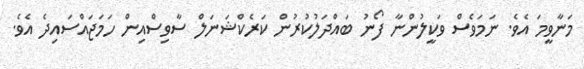
މަނާވީމަ އެވެ. ނަމަވެސް ވަކީލުންނާ ފޯނު ބައްދަލުކުރުން ކަރެކްޝަނަލް ސާވިސްއިން ހަމަޖައްސައިދެ އެވެ.